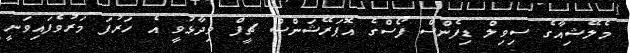
މެލޭޝިއާގެ ސިވިލް ޑިފެންސް ފޯސްގެ އޮޕަރޭޝަންސް ޗީފް ވިދާޅުވީ އެ ހަރުފަ މަރުވެފައިވަނީ